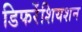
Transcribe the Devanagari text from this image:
डिफरेंशियशन